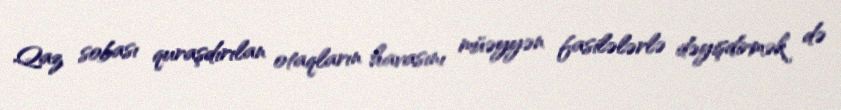
Qaz sobası quraşdırılan otaqların havasını müəyyən fasilələrlə dəyişdirmək də